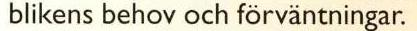
blikens behov och förväntningar.